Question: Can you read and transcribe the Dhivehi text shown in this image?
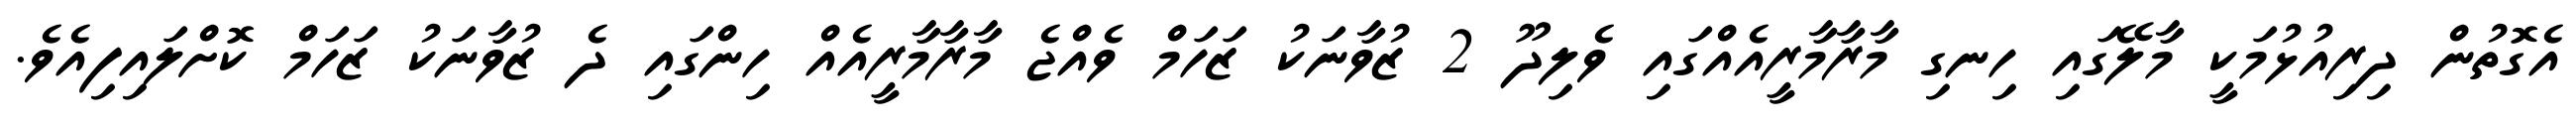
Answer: އެގޮތުން ދިރިއުޅުމަކީ މާލޭގައި ހިނގި މާރާމާރީއެއްގައި ވެލިދޫ 2 ޒުވާނަކު ޒަހަމް ވެއްޖެ މާރާމާރީއެއް ހިންގައި ދެ ޒުވާނަކު ޒަހަމް ކޮށްލައިފިއެވެ.